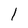
Character: l